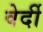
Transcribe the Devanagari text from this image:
वेर्दी